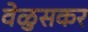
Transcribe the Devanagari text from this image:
वेळुसकर